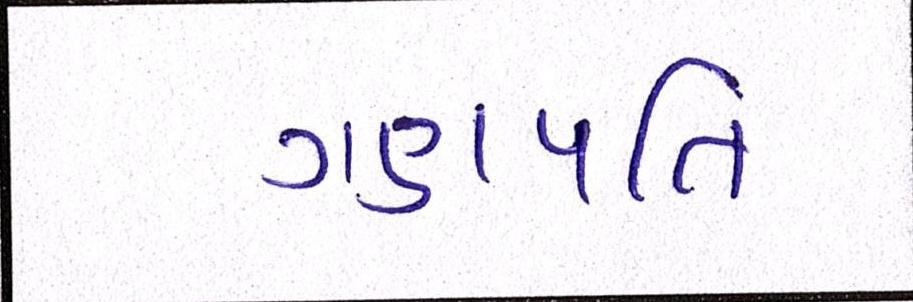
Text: ગણપતિ